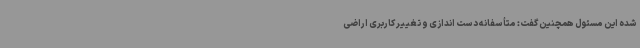
شده این مسئول همچنین گفت: متأسفانه دست اندازی و تغییر کاربری اراضی